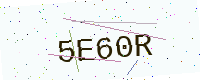
Text: 5E60R